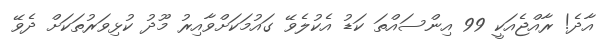
އާދެ! ރާއްޖެއަކީ 99 އިންސައްތަ ކަޑު އެކުލެވޭ ގައުމަކަށްވާއިރު މޫދު ކުޅިވަރުތަކަށް ދެވޭ